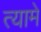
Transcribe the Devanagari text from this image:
त्यामे